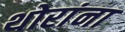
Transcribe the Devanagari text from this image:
थोरांना